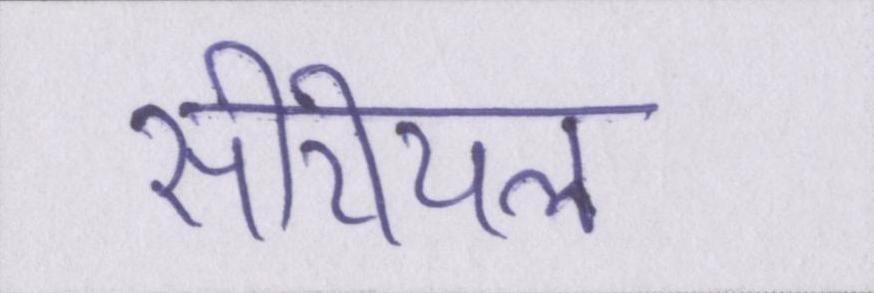
सीरीयल